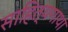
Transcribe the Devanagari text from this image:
साहित्यगाथा